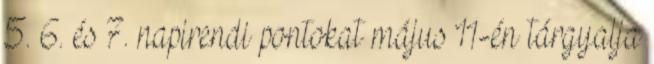
5. 6. és 7. napirendi pontokat május 11-én tárgyalja